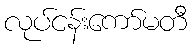
လုပ်ငန်းကော်မတီ